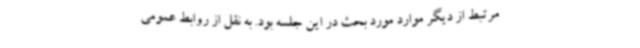
مرتبط از دیگر موارد مورد بحث در این جلسه بود. به نقل از روابط عمومی